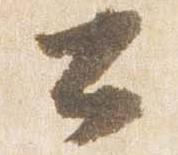
公